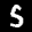
Label: 5